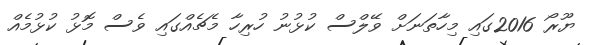
ޔޫރޯ 2016ގައި މިހާތަނަށް ވޭލްސް ކުޅުނު ހުރިހާ މެޗެއްގައި ވެސް މޮޅު ކުޅުމެއް